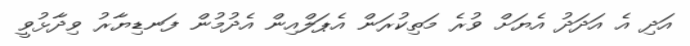
އަދި އެ އަދަދު އެޔަށް ވުރެ މަތިކުރަން އެޕަލްއިން އެދުމުން ފަނޑިޔާރު ވިދާޅުވީ